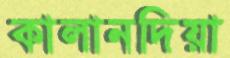
কালানদিয়া